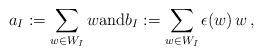
LaTeX: \begin{align*}a_I := \sum_{w\in W_I} w \textrm{and}b_I := \sum_{w\in W_I} \epsilon(w)\, w\,,\end{align*}